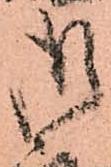
御